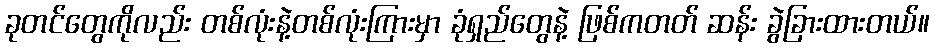
ခုတင်တွေကိုလည်း တစ်လုံးနဲ့တစ်လုံးကြားမှာ ခုံရှည်တွေနဲ့ ဖြစ်ကတတ် ဆန်း ခွဲခြားထားတယ်။